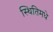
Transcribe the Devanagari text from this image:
स्थितिमधे